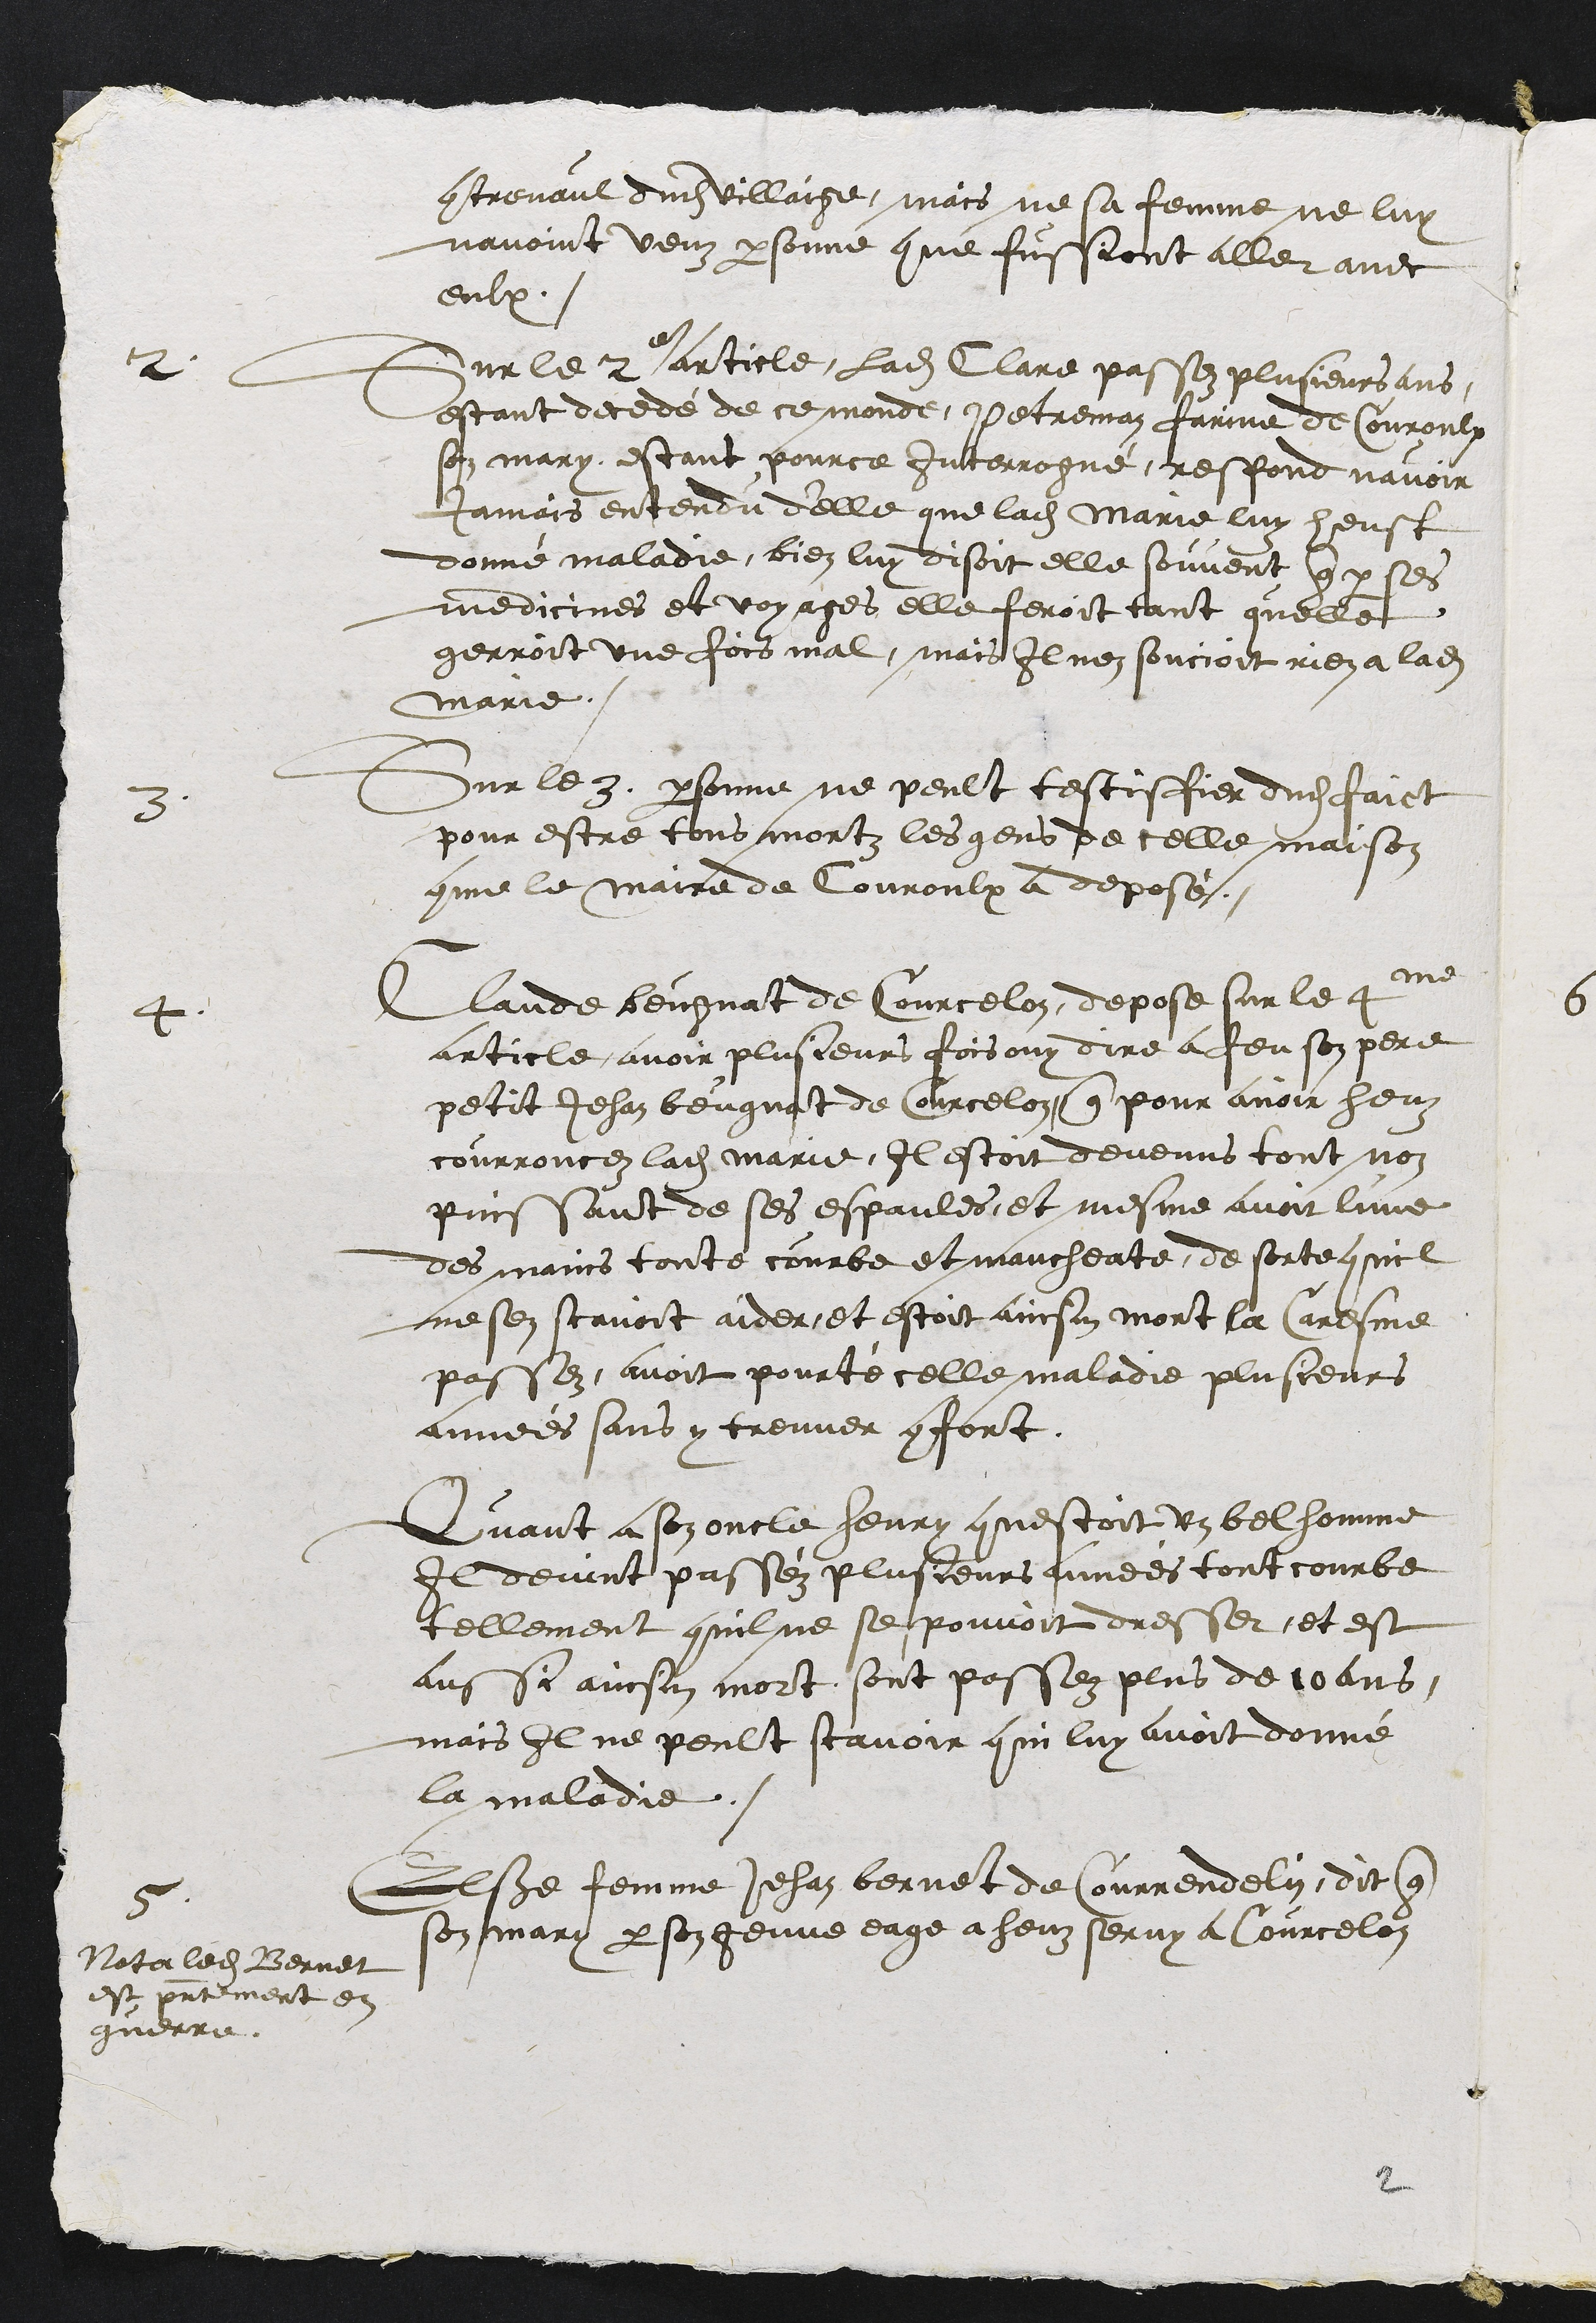
contrevaul dudit Villaige, mais ne sa femme ne luy
navoint veuz personne que fussiont aller avec
eulx.
2
Sur le 2e article, ladite Clare passez plusieurs ans,
estant decedé de ce monde, Petreman farine de Couroulx
son mary, estant pource Interrogué, respond navoir
jamais entendu d'elle que ladite Marie luy heust
donné maladie, bien luy disoit elle souvent que par ses
medicines et voyages elle feroit tant quelle
gerroit une fois mal, mais il nen soucioit rien a ladite
Marie.
3
Sur le 3. personne ne peult testisfier dudit faict
pour estre tous mortz les gens de celle maison
comme le maire de Couroulx a deposé
4
Claude beugnat de Courcelon, depose sur le 4me
article avoir plusieurs fois ouy dire a feu son pere
petit Jehan beugnat de Courcelon que pour avoir heuz
courroucez ladite Marie, Il estoit devenus tout non
puissant de ses espaules, et mesme avoit lune
des mains toute courbe et mancheate, de sorte quil
ne sen scavoit aider, et estoit ainsin mort la Caresme
passez, avoit pourté celle maladie plusieurs
années sans y treuver confort.
Quant a son oncle henry questoit un bel homme
Il devint passéz plusieurs années tout courbe
tellement quil ne se pouvoit dresser et est
aussi ainsin mort sont passez plus 10 ans,
mais Il ne peult scavoir qui luy avoit donné
la maladie.
5
Else femme Jehan Bernet de Courrendelin, dit que
son mary par son jeune eage a heuz servy à Courcelon
Nota ledit Bernet
est presentement en
guerre

2